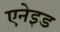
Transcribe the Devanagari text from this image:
एनेइड